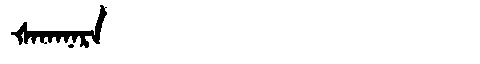
Manchu: ᡧᠠᡴᠠᠨᠠᡵᠠ
Romanization: ŠAKANARA